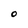
Character: O